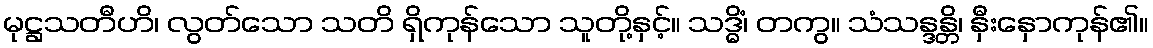
မုဋ္ဌသတီဟိ၊ လွတ်သော သတိ ရှိကုန်သော သူတို့နှင့်။ သဒ္ဓိံ၊ တကွ။ သံသန္ဒန္တိ၊ နှီးနှောကုန်၏။